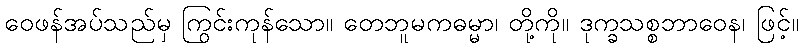
ဝေဖန်အပ်သည်မှ ကြွင်းကုန်သော။ တေဘူမကဓမ္မာ၊ တို့ကို။ ဒုက္ခသစ္စဘာဝေန၊ ဖြင့်။